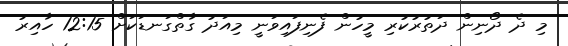
މި ދެ ދޯނިން ދަތުރުކުރި މީހުން ފެނިފައިވަނީ މިއަދު ގާތްގަނޑަކަށް 12:15 ހާއިރު